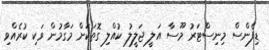
ޑިފެންސް މިނިސްޓަރު މޫސާ އަލީ ޖަލީލު ކުއްލި ގޮތަކަށް މަގާމުން ވަކި ކުރެއްވި